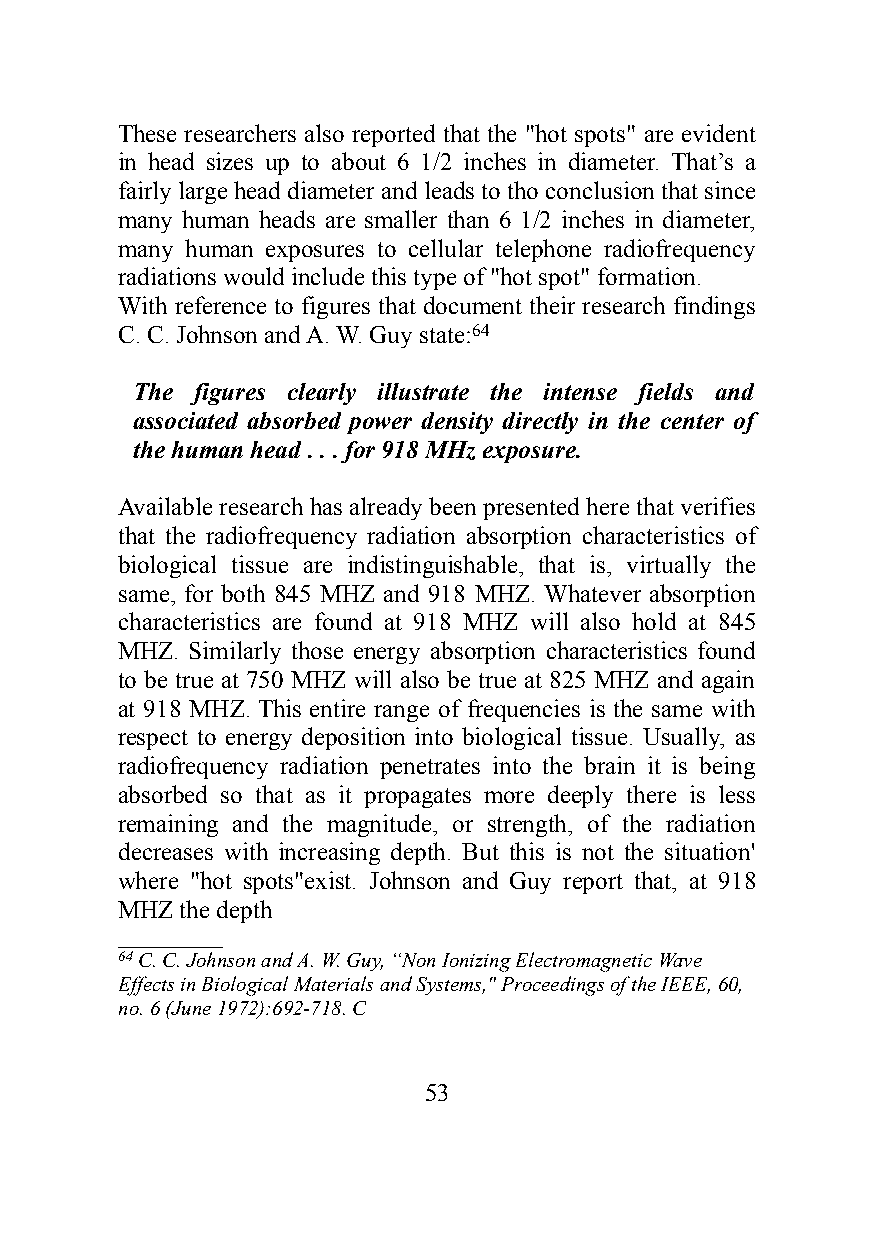
These researchers also reported that the "hot spots" are evident
 in head sizes up to about 6 1/2 inches in diameter. That’s a
 fairly large head diameter and leads to tho conclusion that since
 many human heads are smaller than 6 1/2 inches in diameter,
 many human exposures to cellular telephone radiofrequency
 radiations would include this type of "hot spot" formation.
 With reference to figures that document their research findings
 C. C. Johnson and A. W. Guy state:64
 The figures clearly illustrate the intense fields and
 associated absorbed power density directly in the center of
 the human head . . . for 918 MHz exposure.
 Available research has already been presented here that verifies
 that the radiofrequency radiation absorption characteristics of
 biological tissue are indistinguishable, that is, virtually the
 same, for both 845 MHZ and 918 MHZ. Whatever absorption
 characteristics are found at 918 MHZ will also hold at 845
 MHZ. Similarly those energy absorption characteristics found
 to be true at 750 MHZ will also be true at 825 MHZ and again
 at 918 MHZ. This entire range of frequencies is the same with
 respect to energy deposition into biological tissue. Usually, as
 radiofrequency radiation penetrates into the brain it is being
 absorbed so that as it propagates more deeply there is less
 remaining and the magnitude, or strength, of the radiation
 decreases with increasing depth. But this is not the situation'
 where "hot spots"exist. Johnson and Guy report that, at 918
 MHZ the depth
 __________
 64 C. C. Johnson and A. W. Guy, “Non Ionizing Electromagnetic Wave
 Effects in Biological Materials and Systems," Proceedings of the IEEE, 60,
 no. 6 (June 1972):692-718. C
 53